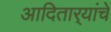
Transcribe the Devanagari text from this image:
आदितार्‍यांचे